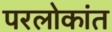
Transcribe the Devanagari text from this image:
परलोकांत